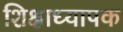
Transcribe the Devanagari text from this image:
शिक्षाध्यापक